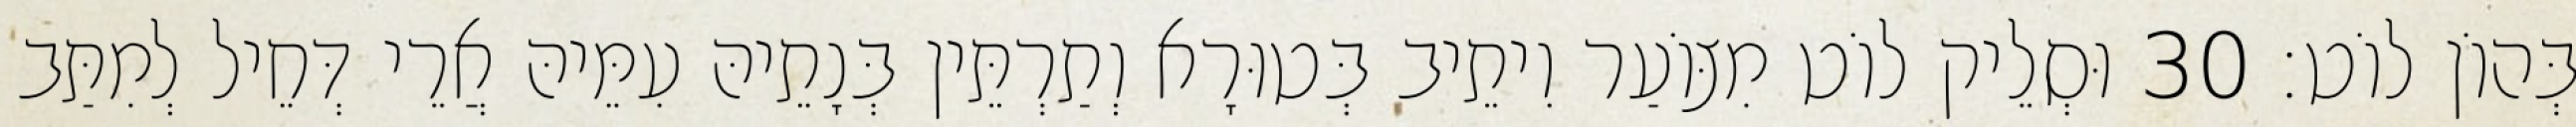
בְּהוֹן לוֹט׃ 30 וּסְלֵיק לוֹט מִצּוֹעַר וִיתֵיב בְּטוּרָא וְתַרְתֵּין בְּנָתֵיהּ עִמֵּיהּ אֲרֵי דְּחֵיל לְמִתַּב